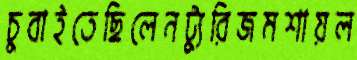
চুবাইতেছিলেনট্যুরিজমশায়ল